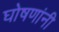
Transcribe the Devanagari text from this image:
घोषणांनी